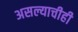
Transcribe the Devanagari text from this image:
असल्याचीही